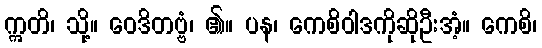
ဣတိ၊ သို့။ ဝေဒိတဗ္ဗံ၊ ၏။ ပန၊ ကေစိဝါဒကိုဆိုဦးအံ့။ ကေစိ၊